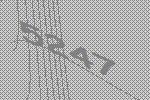
5247